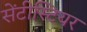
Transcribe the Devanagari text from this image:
सेंटीस्टियर